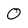
Character: 0